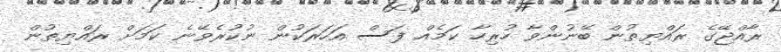
ރާއްޖޭގެ ރައްޔިތުން ބޭނުންވާ ހުރިހާ ކަމެއް ފަސް އަހަރަކުން ނުކުރެވޭނެ ކަމަށް ރައްޔިތުން